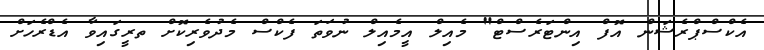
އެކްސްޕްރެޝަން އޮފް އިންޓަރެސްޓް" މެއިލް އީމެއިލް ނުވަތަ ފެކްސް މެދުވެރިކޮށް ތރީގައިވާ އެޑްރެހަށް